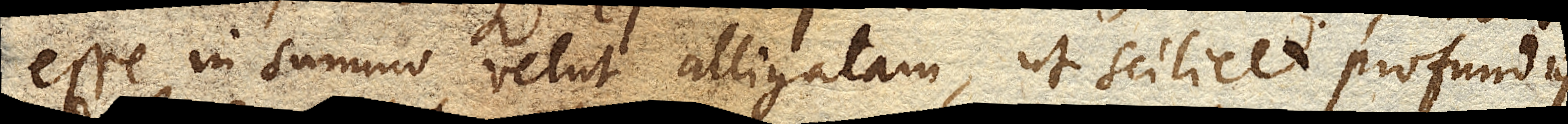
esse in summo velut alligatam, ut scilicet profundius